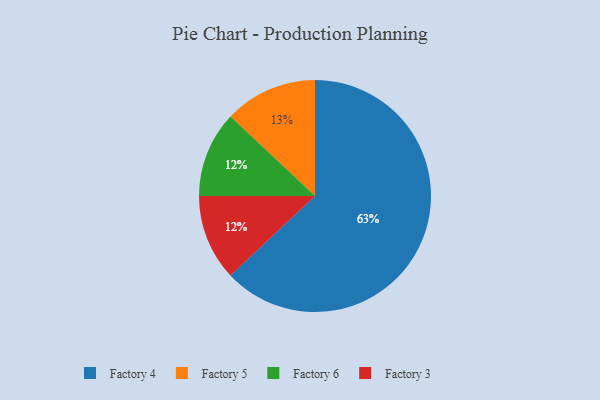
{"axis": {"x": "Category", "y": "Percentage"}, "legend": ["Factory 3", "Factory 4", "Factory 5", "Factory 6"], "data": [{"x": "Factory 6", "y": 12, "type": "Factory 6"}, {"x": "Factory 4", "y": 63, "type": "Factory 4"}, {"x": "Factory 3", "y": 12, "type": "Factory 3"}, {"x": "Factory 5", "y": 13, "type": "Factory 5"}]}